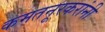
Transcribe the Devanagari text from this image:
कमतनूरकरांनी